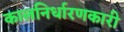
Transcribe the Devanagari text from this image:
कालनिर्धारणकारी